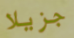
جزيلا